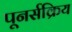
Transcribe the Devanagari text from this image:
पूनर्सक्रिय